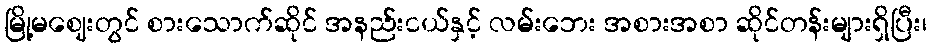
မြို့မဈေးတွင် စားသောက်ဆိုင် အနည်းငယ်နှင့် လမ်းဘေး အစားအစာ ဆိုင်တန်းများရှိပြီး၊